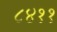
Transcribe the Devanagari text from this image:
८४११